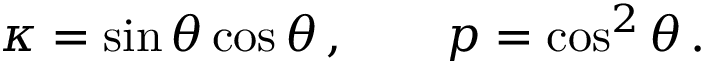
\kappa = \sin \theta \cos \theta \, , \qquad p = \cos ^ { 2 } \theta \, .